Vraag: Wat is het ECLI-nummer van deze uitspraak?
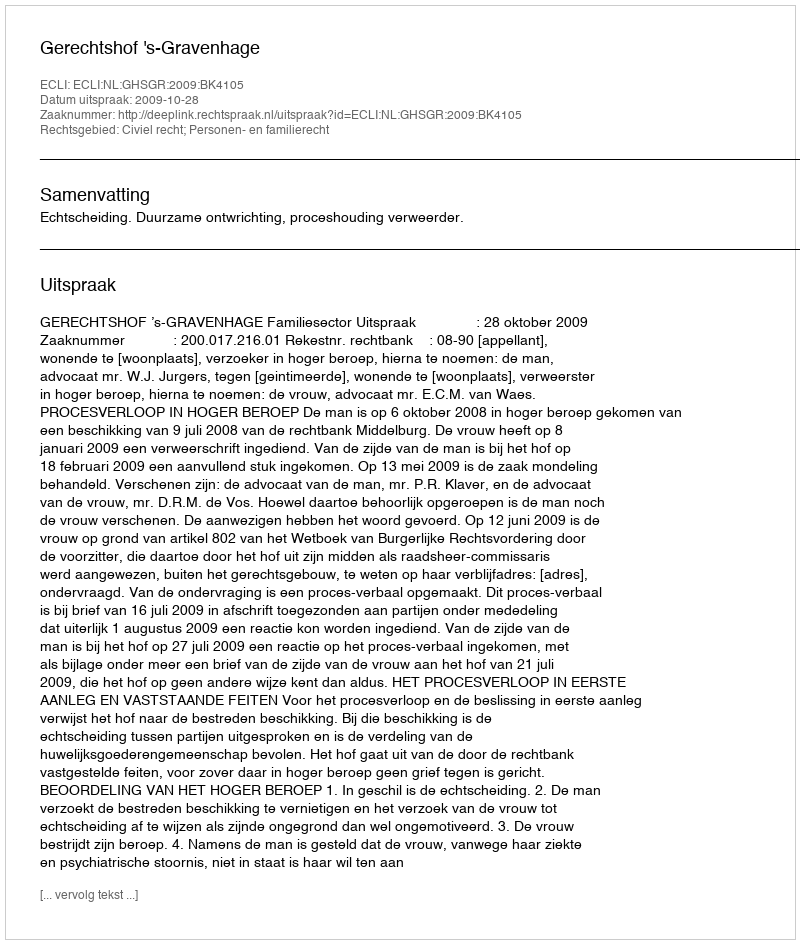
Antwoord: ECLI:NL:GHSGR:2009:BK4105